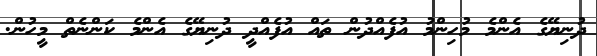
ދުނިޔޭގެ އެންމެ މުހިންމު އުފެއްދުން ތައް އުފެއްދީ ދުނިޔޭގެ އެންމެ ކަންނެތް މީހުން.